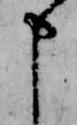
申